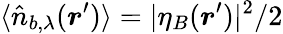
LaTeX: \langle\hat{n}_{b,\lambda}(\boldsymbol{r}^{\prime})\rangle=|\eta_{B}(\boldsymbol{r}^{\prime})|^{2}/2